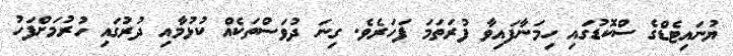
ޔުނައިޓެޑްގެ ސްކޮޑުގައި ހިމަނާފައިވާ ފުރަތަމަ ފަހަރެވެ. ގިނަ ދުވަސްތަކެއް ކުޅުމާއި ދުރުގައި ހުރުމަށްފަހު